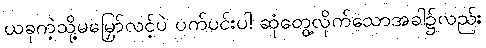
ယခုကဲ့သို့မမြှော်လင့်ပဲ ပက်ပင်းပါ ဆုံတွေ့လိုက်သောအခါ၌လည်း